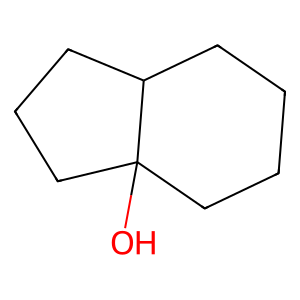
SMILES: OC12CCCCC1CCC2
Inhibits HIV replication: No